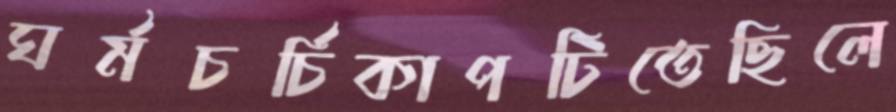
ঘর্মচর্চিকাপটিতেছিলে